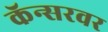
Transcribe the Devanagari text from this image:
कॅन्सरवर